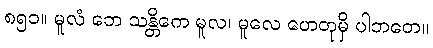
၈၅၁။ မူလံ ဘေ သန္တိကေ မူလ၊ မူလေ ဟေတုမှိ ပါဘတေ။